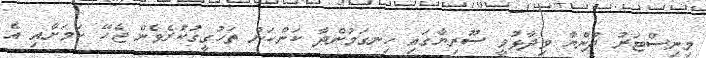
މިނިސްޓަރު ދުންޔާ ވިދާޅުވީ ސޫރިޔާގައި ހިނގަމުންދާ ކަންކަން ތަހުގީގުކުރެވެން ޖެހޭ ކަމަށާއި އެ